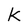
Character: k